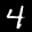
Label: 4